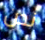
نحن